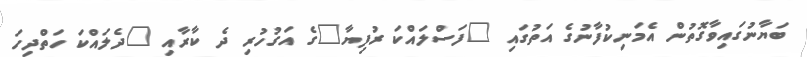
ބަޔާނުގައިވާގޮތުން އެމަނިކުފާނުގެ އަތުގައި "ފަސްލައްކަ ރުފިޔާ"ގެ އަގުހުރި ދެ ކާރާއި "ދެލައްކަ ހަތްދިހަ